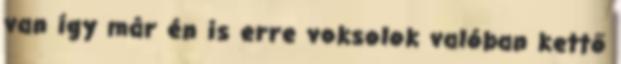
van így már én is erre voksolok valóban kettő